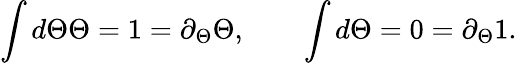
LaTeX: \int d\Theta\Theta=1=\partial_{\Theta}\Theta,\qquad\int d\Theta=0=\partial_{\Theta}1.